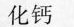
化钙